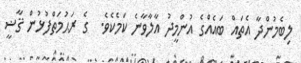
ލިބެމުންދާ އެތައް ބައެއްގެ އުންމީދު އާލާވާނެ ކަމެކެވެ.  ގެ ރަޙުމަތްފުޅުން ޤާޟީ